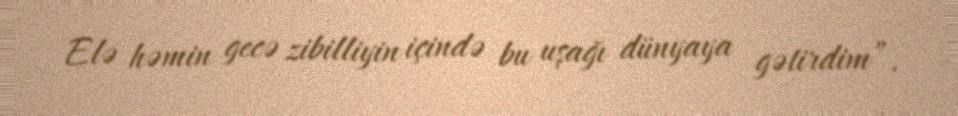
Elə həmin gecə zibilliyin içində bu uşağı dünyaya gətirdim”.